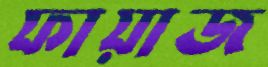
ফায়াজ